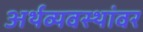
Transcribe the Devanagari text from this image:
अर्थव्यवस्थांवर